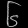
Digit: ၆